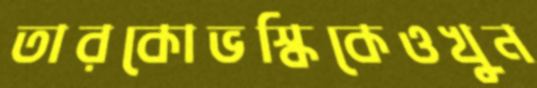
তারকোভস্কিকেওখুন